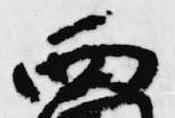
西